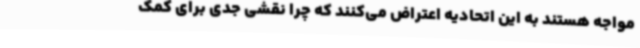
مواجه هستند به این اتحادیه اعتراض می‌کنند که چرا نقشی جدی برای کمک